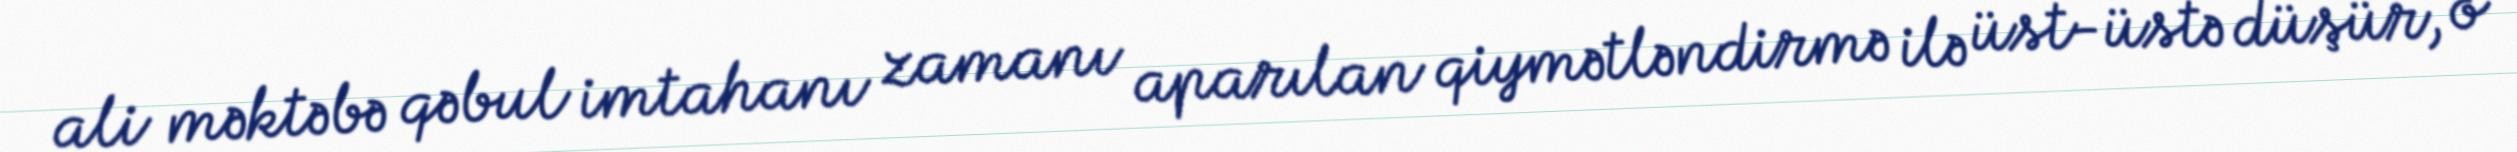
ali məktəbə qəbul imtahanı zamanı aparılan qiymətləndirmə ilə üst-üstə düşür, o